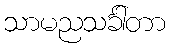
သာမညသင်္ခါတာ